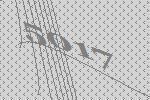
5017